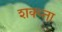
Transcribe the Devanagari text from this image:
शक्य्ता